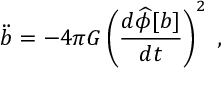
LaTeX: \ddot { b } = - 4 \pi G \left( { \frac { d { \widehat \phi } [ b ] } { d t } } \right) ^ { 2 } \; ,